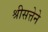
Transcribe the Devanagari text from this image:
श्रीसत्तेने